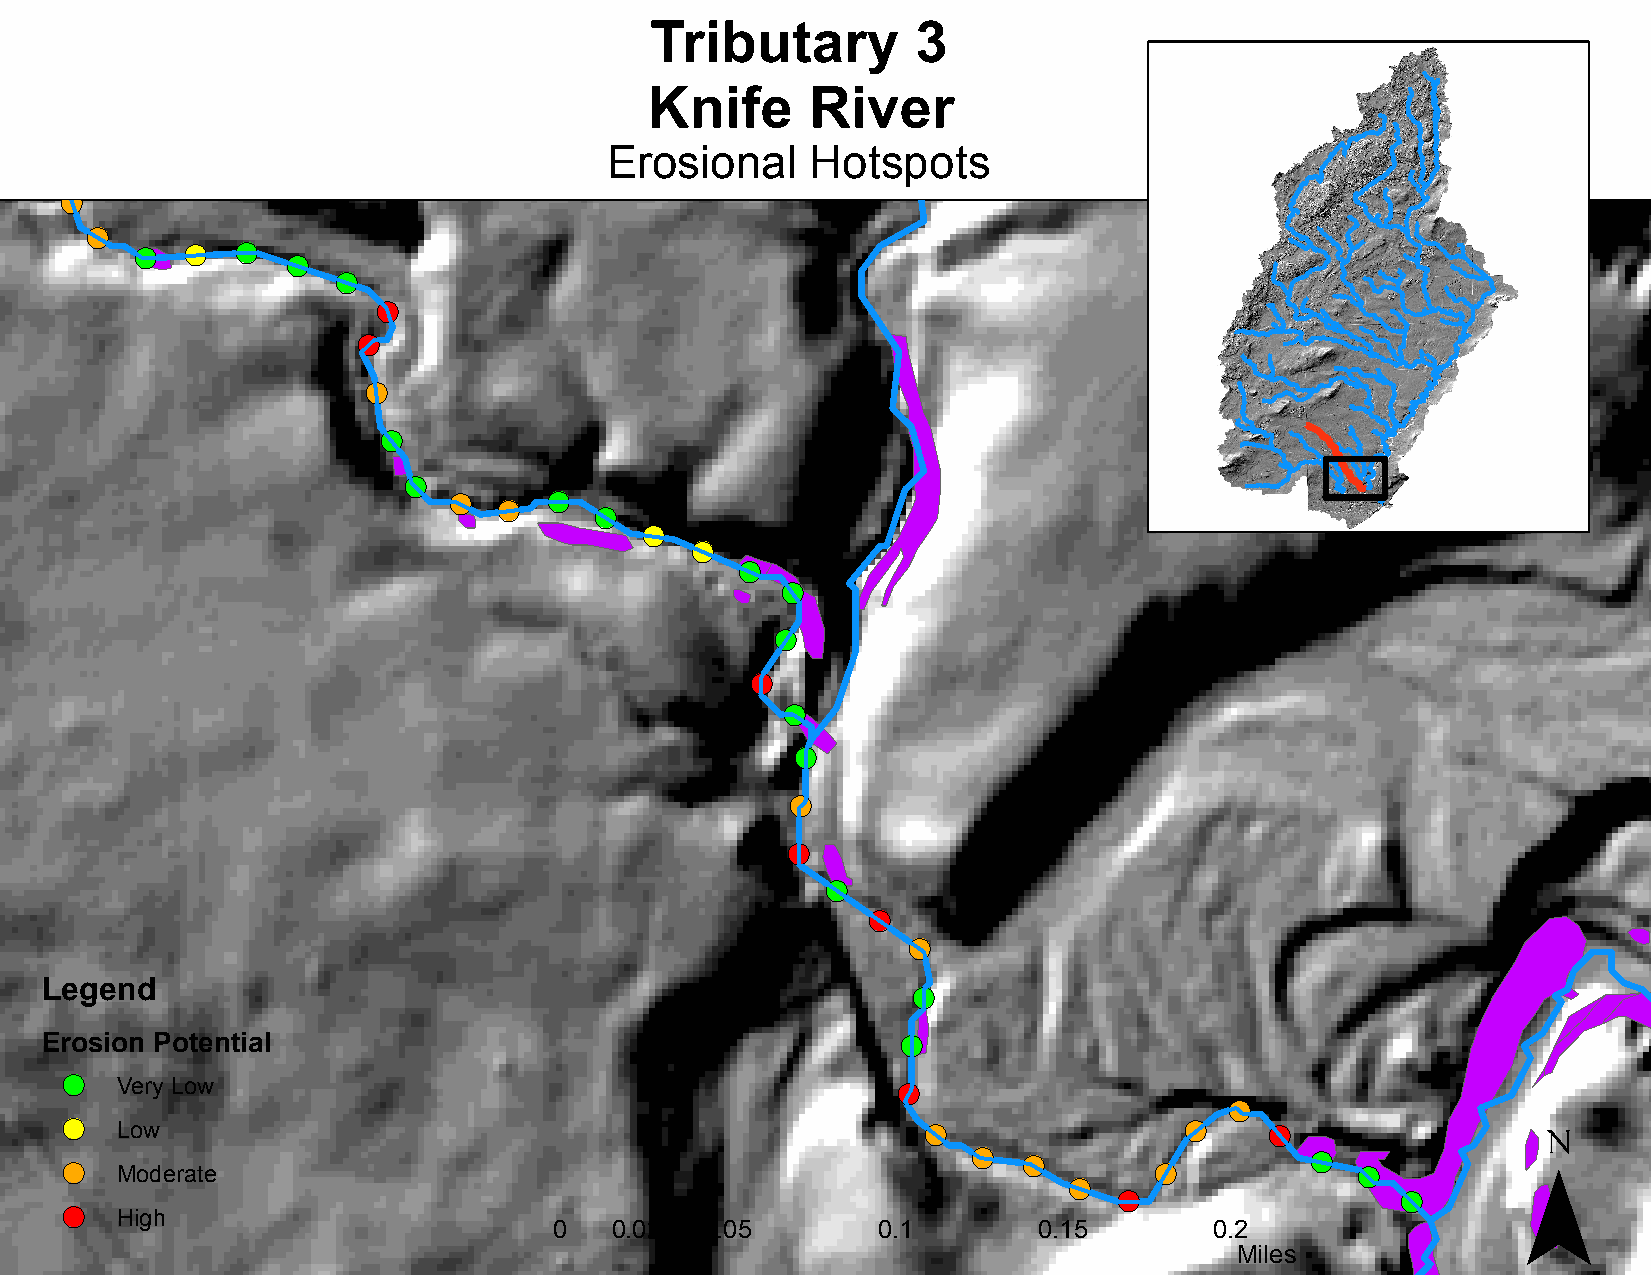
Tributary         3
 Knife      River
 !(
 Erosional     Hotspots
 !(
 !(
 !(
 !( !(  !(
 !(
 !(
 !(
 !(
 !(
 !(
 !(
 !(
 !(
 !(
 !(
 !(
 !(
 !(
 !(
 !(
 !(
 !(
 !(
 !(
 !(
 !(
 !(
 !(
 Legend                                                   !(
 Erosion Potential                                        !(
 !(
 Very Low                                           !(
 !(                  ¯
 !(  Low                                                  !(               !(    !(
 !(  Moderate
 !(  !(
 !(
 !(
 !(
 !(
 !(                 !(
 !(
 High
 0   0.025 0.05       0.1        0.15       0.2
 Miles